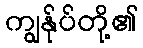
ကျွန်ုပ်တို့၏